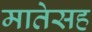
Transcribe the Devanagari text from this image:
मातेसह